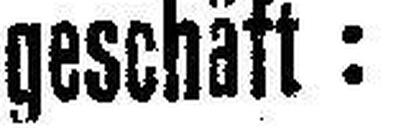
geschäft: